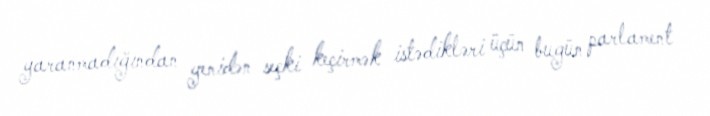
yaranmadığından yenidən seçki keçirmək istədikləri üçün bugün parlament